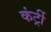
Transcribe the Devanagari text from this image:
कंर्ट्री